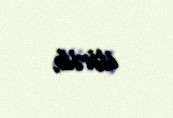
itirib.